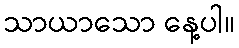
သာယာသော နေ့ပါ။